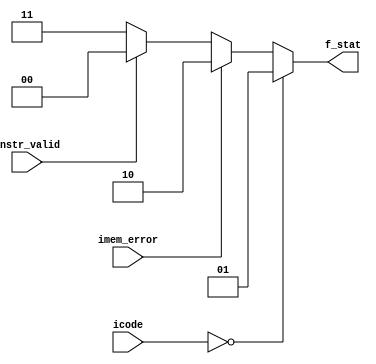
module f_status (
    output reg [1:0]f_stat,
    input [3:0]icode,
    input imem_error,Instr_valid
);
    always  @*
    begin
        if(icode==0)
            f_stat<=2'd1;
        else if(imem_error==1)
            f_stat<=2'd2;
        else if(!Instr_valid)
            f_stat<=2'd3;
        else
            f_stat<=2'd0;
    end
endmodule